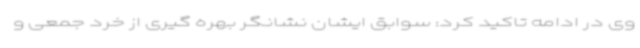
وی در ادامه تاکید کرد: سوابق ایشان نشانگر بهره گیری از خرد جمعی و